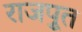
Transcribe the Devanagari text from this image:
राजपूुत